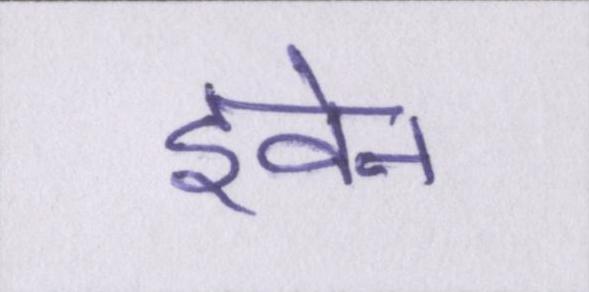
इवेन